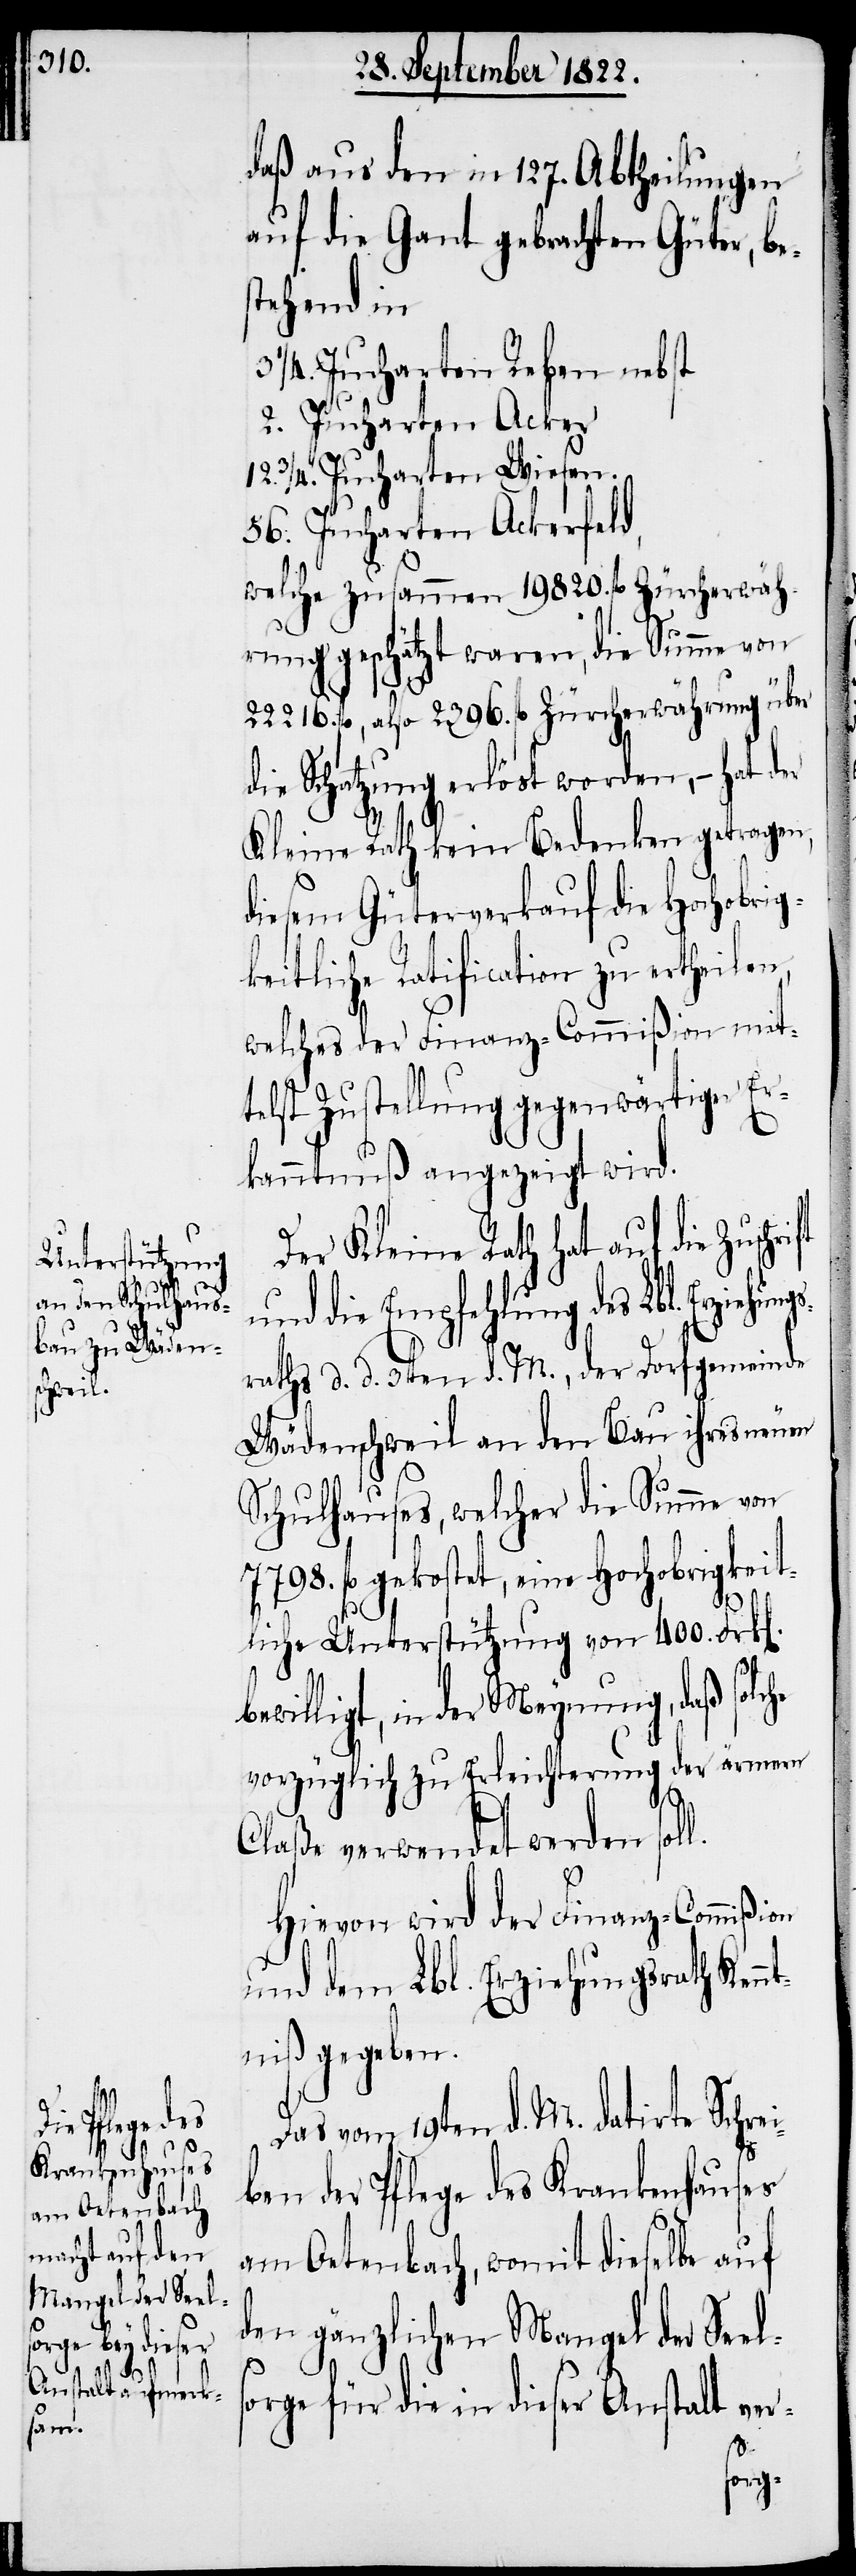
daß aus den in 127. Abtheilungen
auf die Gant gebrachten Güter, be¬
stehend in
3 ¼. Jucharten Reben nebst
2. Jucharten Acker
12 ¾. Jucharten Wiesen.
56. Jucharten Ackerfeld,
welche zusammen 19820. fl Zürcherwäh¬
rung geschätzt waren, die Summe von
22216. fl, also 2396. fl Zürcherwährung über
die Schatzung erlöst worden, – hat der
Kleine Rath kein Bedenken getragen,
diesem Güterverkauf die Hochobrig¬
keitliche Ratification zu ertheilen,
welches der Finanz-Commißion mit¬
telst Zustellung gegenwärtiger Er¬
kanntnuß angezeigt wird.
Der Kleine Rath hat auch die
und die Empfehlung des Lbl. Erzie¬
raths d. d. 3ten d. M., der Dorfgemeinde
Wädenschweil an den Bau ihres neuen
Schulhauses, welcher die Summe von
7798. fl gekostet, eine Hochobrigkeit¬
l.
liche Unterstützung von 400. Frk[e¬
ewilligt, in der Meynung, daß solc¬
vorzüglich zu Erleichterung der ärmern
Claße verwendet werden sol¬
Hievon wird der Finanz-Commißion
und dem Lbl. Erziehungsrath Ken¬
ntniß gegeben.
Das vom 19ten d. M. datirte Schrei¬
ben der Pflege des Krankenhauses
am Oetenbach, womit dieselbe auf
den gänzlichen Mangel der Seel¬
sorge für die in dieser Anstalt ver-
he